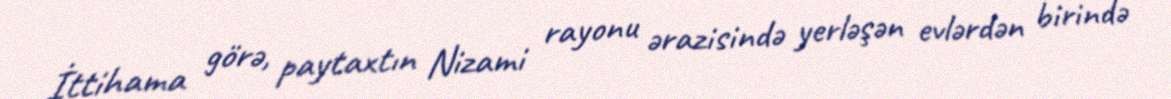
İttihama görə, paytaxtın Nizami rayonu ərazisində yerləşən evlərdən birində